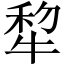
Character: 犂